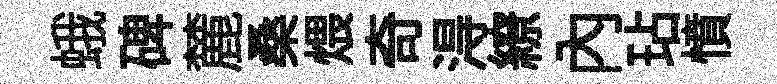
蛾碑麓桑煨奇淂繚內玷憤